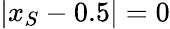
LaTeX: |x_{S}-0.5|=0